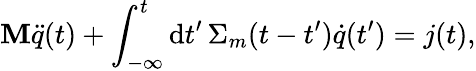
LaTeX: \mathbf{M}\ddot{{q}}(t)+\int_{-\infty}^{t}\mathrm{{d}}t^{\prime}\, \Sigma_{m}(t-t^{\prime})\dot{{q}}(t^{\prime})={j}(t),